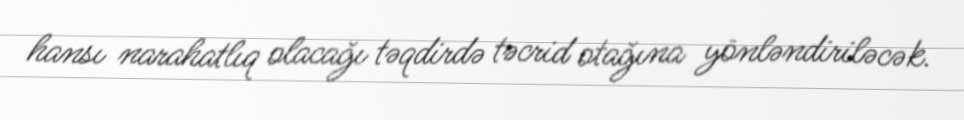
hansı narahatlıq olacağı təqdirdə təcrid otağına yönləndiriləcək.